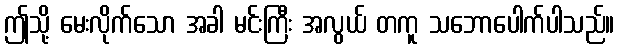
ဤသို့ မေးလိုက်သော အခါ မင်းကြီး အလွယ် တကူ သဘောပေါက်ပါသည်။